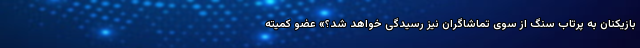
بازیکنان به پرتاب سنگ از سوی تماشاگران نیز رسیدگی خواهد شد؟» عضو کمیته